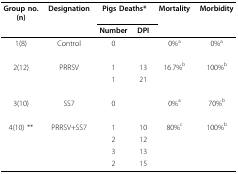
<table><thead><tr><td><b>Group no.(n)</b></td><td><b>Designation</b></td><td colspan="2"><b>Pigs Deaths*</b></td><td><b>Mortality</b></td><td><b>Morbidity</b></td></tr><tr><td></td><td></td><td><b>Number</b></td><td><b>DPI</b></td><td></td><td></td></tr></thead><tbody><tr><td>1(8)</td><td>Control</td><td>0</td><td></td><td>0%<sup>a</sup></td><td>0%<sup>a</sup></td></tr><tr><td>2(12)</td><td>PRRSV</td><td>1</td><td>13</td><td>16.7%<sup>b</sup></td><td>100%<sup>b</sup></td></tr><tr><td></td><td></td><td>1</td><td>21</td><td></td><td></td></tr><tr><td>3(10)</td><td>SS7</td><td>0</td><td></td><td>0%<sup>a</sup></td><td>70%<sup>b</sup></td></tr><tr><td>4(10) **</td><td>PRRSV+SS7</td><td>1</td><td>10</td><td>80%<sup>c</sup></td><td>100%<sup>b</sup></td></tr><tr><td></td><td></td><td>2</td><td>12</td><td></td><td></td></tr><tr><td></td><td></td><td>3</td><td>13</td><td></td><td></td></tr><tr><td></td><td></td><td>2</td><td>15</td><td></td><td></td></tr></tbody></table>